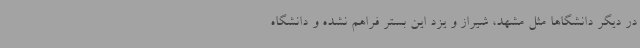
در دیگر دانشگاها مثل مشهد، شیراز و یزد این بستر فراهم نشده و دانشگاه